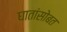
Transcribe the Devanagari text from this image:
घातांसोबत